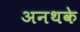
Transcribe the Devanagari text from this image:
अनथके